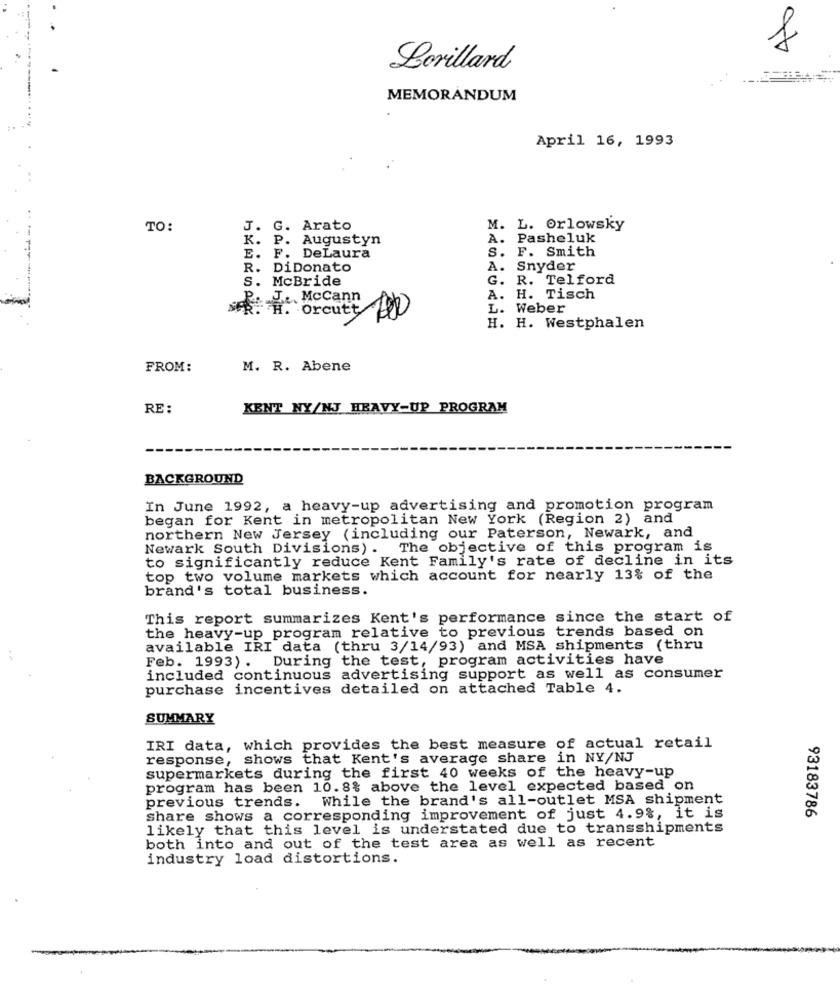
Lorillard
MEMORANDUM
April 16, 1993
TO:
J. G. Arato
M. L. Orlowsky
K. P. Augustyn
A.
Pasheluk
s.
F. Smith
E. F. DeLaura
R. DiDonato
A. Snyder
S. McBride
G.
R. Telford
J ... Mccann
A. H. Tisch
Orcutt
L. Weber
H. H. Westphalen
FROM:
M. R. Abene
RE :
KENT NY/NJ HEAVY-UP PROGRAM
BACKGROUND
In June 1992, a heavy-up advertising and promotion program
began for Kent in metropolitan New York (Region 2) and
northern New Jersey (including our Paterson, Newark, and
Newark South Divisions). The objective of this program is
to significantly reduce Kent Family's rate of decline in its
top two volume markets which account for nearly 13% of the
brand's total business.
This report summarizes Kent's performance since the start of
the heavy-up program relative to previous trends based on
available IRI data (thru 3/14/93) and MSA shipments (thru
Feb. 1993). During the test, program activities have
included continuous advertising support as well as consumer
purchase incentives detailed on attached Table 4.
SUMMARY
IRI data, which provides the best measure of actual retail
response, shows that Kent's average share in NY/NJ
supermarkets during the first 40 weeks of the heavy-up
program has been 10.8% above the level expected based on
previous trends. While the brand's all-outlet MSA shipment
share shows a corresponding improvement of just 4.9%, it is
93183786
likely that this level is understated due to transshipments
both into and out of the test area as well as recent
industry load distortions.